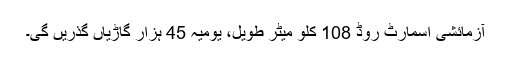
آزمائشی اسمارٹ روڈ 108 کلو میٹر طویل، یومیہ 45 ہزار گاڑیاں گذریں گی۔